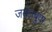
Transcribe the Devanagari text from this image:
जयंतबुवा